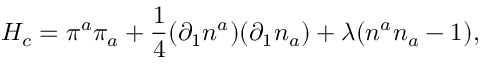
{ \cal H } _ { c } = \pi ^ { a } \pi _ { a } + \frac { 1 } { 4 } ( \partial _ { 1 } n ^ { a } ) ( \partial _ { 1 } n _ { a } ) + \lambda ( n ^ { a } n _ { a } - 1 ) ,